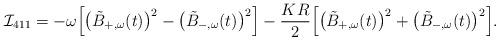
LaTeX: \begin{align*} {\mathcal I}_{411} = -\omega\Big[\big(\tilde{B}_{+,\omega}(t)\big)^{2}-\big(\tilde{B}_{-,\omega}(t)\big)^{2}\Big]- \frac{KR}{2}\Big[\big(\tilde{B}_{+,\omega}(t)\big)^{2}+\big(\tilde{B}_{-,\omega}(t)\big)^{2}\Big]. \end{align*}